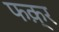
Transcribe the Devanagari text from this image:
फक़्र